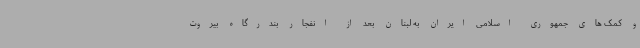
و کمک های جمهوری اسلامی ایران به لبنان بعد از انفجار بندرگاه بیروت